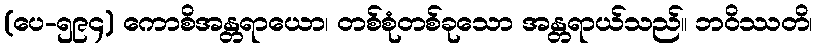
(ပေ-၅၉၄) ကောစိအန္တရာယော၊ တစ်စုံတစ်ခုသော အန္တရာယ်သည်။ ဘဝိဿတိ၊